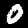
Digit: 0